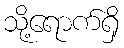
သို့ရောက်ရှိ